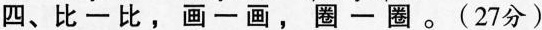
四、比一比，画一画，圈-圈。(27分)